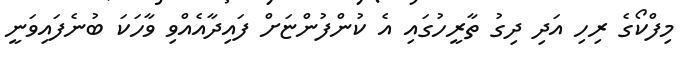
މިފްކޯގެ ރިހި އަދި ދިގު ތާރީހުގައި އެ ކުންފުންޏަށް ފައިދާއެއްވި ވާހަކަ ބުނެފައިވަނީ